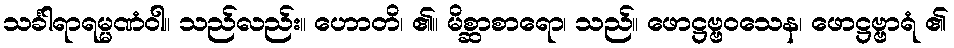
သင်္ခါရာရမ္မဏံဝါ။ သည်လည်း။ ဟောတိ၊ ၏။ မိစ္ဆာစာရော၊ သည်။ ဖောဋ္ဌဗ္ဗဝသေန၊ ဖောဋ္ဌဗ္ဗာရံ ၏